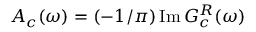
A _ { c } ( \omega ) = ( - 1 / \pi ) \, \mathrm { I m } \, G _ { c } ^ { R } ( \omega )